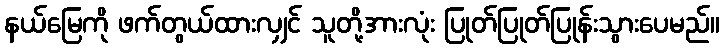
နယ်မြေကို ဖက်တွယ်ထားလျှင် သူတို့အားလုံး ပြုတ်ပြုတ်ပြုန်းသွားပေမည်။